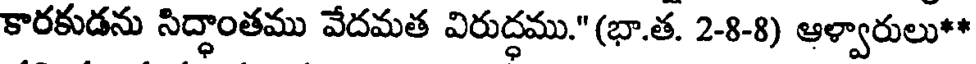
కారకుడను సిద్ధాంతము వేదమత విరుద్ధము."(భా.త. 2-8-8) ఆళ్వారులు**